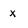
Character: x